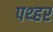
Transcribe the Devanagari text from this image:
पथ्हर